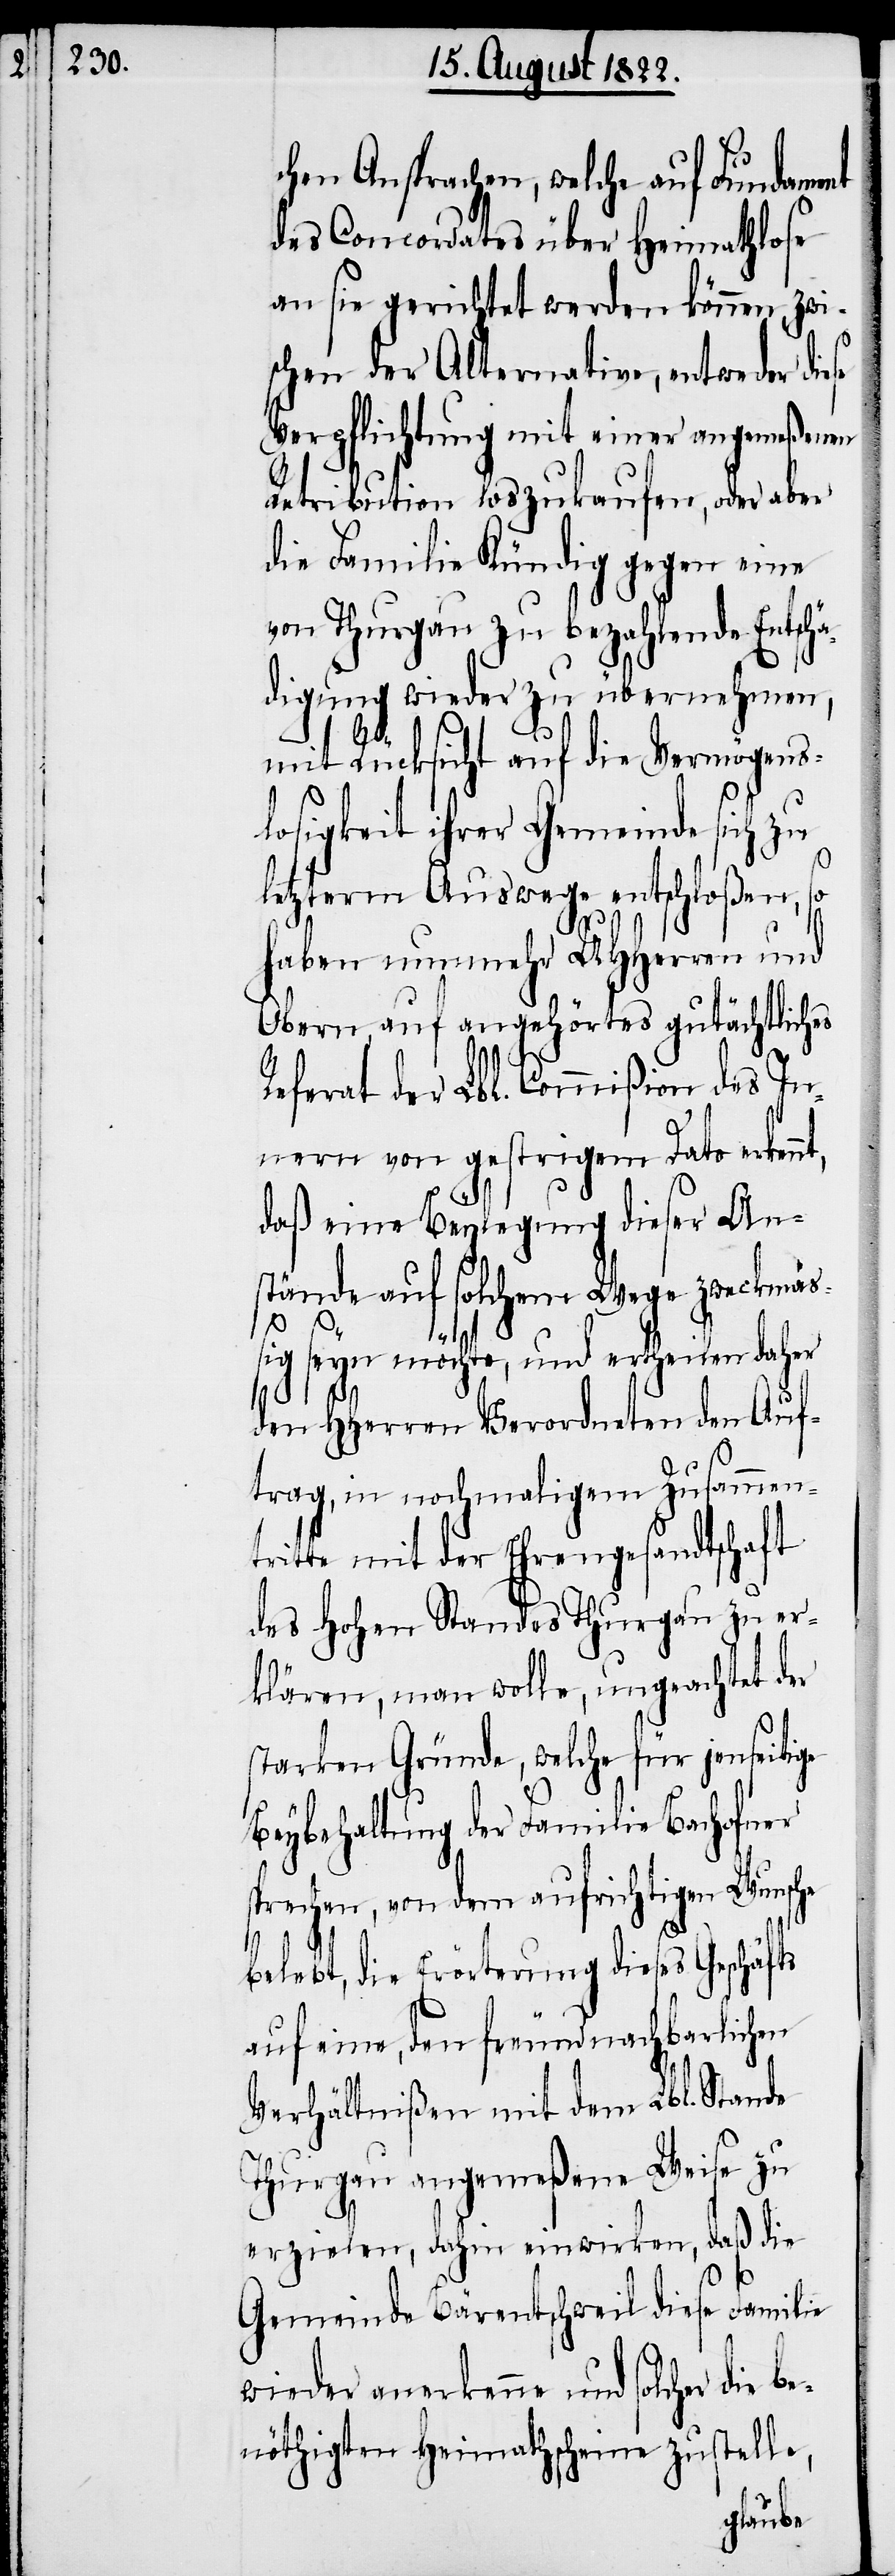
chen Ansprachen, welche auf Fundament
des Concordats über Heimathlose
an sie gerichtet werden können, zwi¬
schen der Alternative, entweder diese
Verpflichtung mit einer angemeßenen
Retribution loszukaufen, oder aber
die Familie Kündig gegen eine
von Thurgau zu bezahlende Entsch¬
digung wieder zu übernehmen,
mit Rücksicht auf die Vermögens¬
losigkeit ihrer Gemeinde sich zu
letzterm Auswege entschloßen, so
haben nunmehr UHHerrn und
Obern auf angehörtes gutächtliches
Referat der Lbl. Commißion des In¬
nern von gestrigem Dato erken¬
daß eine Beylegung dieser An¬
stände auf solchem Wege zweckmäß¬
nt,
ä¬
ig seyn möchte, und ertheilen daher
den HHerren Verordneten den Auf¬
trag, in nochmaligem Zusammen¬
tritte mit der Ehrengesandtschaft
des Hohen Standes Thurgau zu er¬
klären, man wolle, ungeachtet der
starken Gründe, welche für jenseitige
Beybehaltung der Familie Bachofner
sprechen, von dem aufrichtigen Wuns¬
belebt, die Erörterung dieses Geschäfts
auf eine, den freundnachbarlichen
Verhältnißen mit dem Lbl. Stande
Thurgau angemeßene Weise zu
erzielen, dahin einwirken, daß die
che
Gemeinde Bärentschweil diese Familie
wieder anerkenne und solcher die b¬
enöthigten Heimthscheine zustelle,